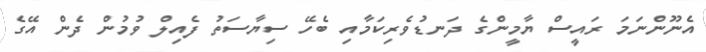
އެނޫންނަމަ ރައީސް ޔާމީންގެ ދަނޑުވެރިކަމާއި ބެހޭ ސިޔާސަތު ފެއިލް ވުމުން ދެން އޭގެ